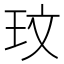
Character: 玟